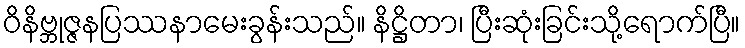
ဝိနိဗ္ဘုဇ္ဇနပြဿနာမေးခွန်းသည်။ နိဋ္ဌိတာ၊ ပြီးဆုံးခြင်းသို့ရောက်ပြီ။